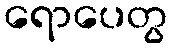
ရောပေတွ